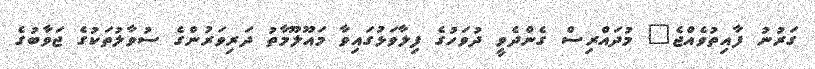
ގަރުނު ފާއިތުވެއްޖެ" މުދައްރިސް ގެންދެވީ ދުވަހުގެ ފިލާވަޅުގައިވާ މައޫލޫމާތު ދަރިވަރުންގެ ސުވާލުތަކުގެ ޖަވާބުގެ